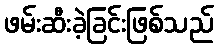
ဖမ်းဆီးခဲ့ခြင်းဖြစ်သည်